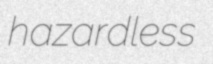
hazardless